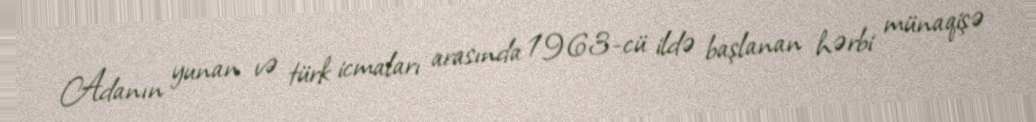
Adanın yunan və türk icmaları arasında 1963-cü ildə başlanan hərbi münaqişə